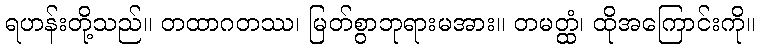
ရဟန်းတို့သည်။ တထာဂတဿ၊ မြတ်စွာဘုရားမအား။ တမတ္ထံ၊ ထိုအကြောင်းကို။